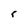
Character: r